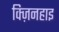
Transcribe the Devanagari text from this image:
क्ज़िनहाइ